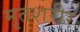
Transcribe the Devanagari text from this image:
मृतशरीर